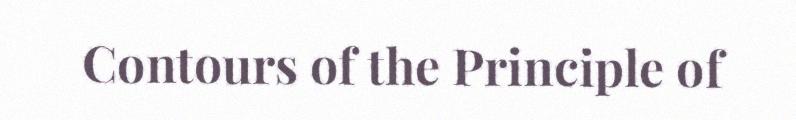
Contours of the Principle of